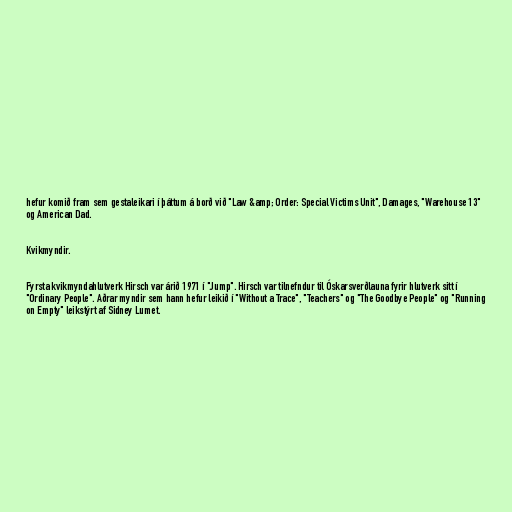
hefur komið fram sem gestaleikari í þáttum á borð við "Law &amp; Order: Special Victims Unit", Damages, "Warehouse 13"
og American Dad.

Kvikmyndir.

Fyrsta kvikmyndahlutverk Hirsch var árið 1971 í "Jump". Hirsch var tilnefndur til Óskarsverðlauna fyrir hlutverk sitt í
"Ordinary People". Aðrar myndir sem hann hefur leikið í "Without a Trace", "Teachers" og "The Goodbye People" og "Running
on Empty" leikstýrt af Sidney Lumet.